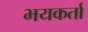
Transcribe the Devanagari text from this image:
भयकर्ता